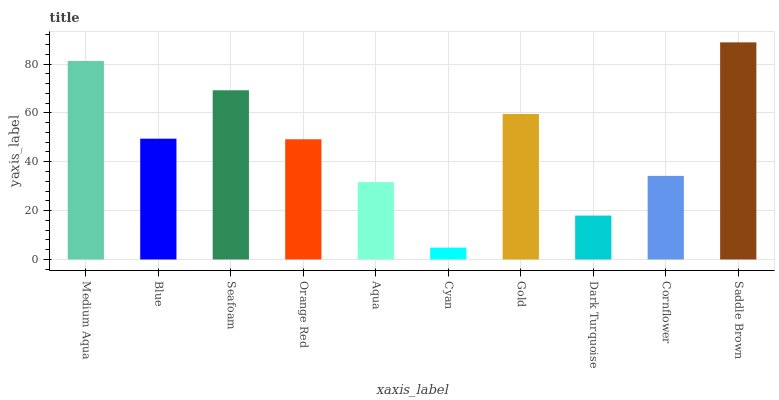
| xaxis_label | bars |
 | --- | --- |
 | Medium Aqua | 81.3 |
 | Blue | 49.4 |
 | Seafoam | 69.3 |
 | Orange Red | 49.2 |
 | Aqua | 31.7 |
 | Cyan | 4.85 |
 | Gold | 59.5 |
 | Dark Turquoise | 18 |
 | Cornflower | 34.2 |
 | Saddle Brown | 88.9 |